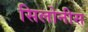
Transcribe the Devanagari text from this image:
सिलोनीस